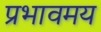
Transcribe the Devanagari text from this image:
प्रभावमय